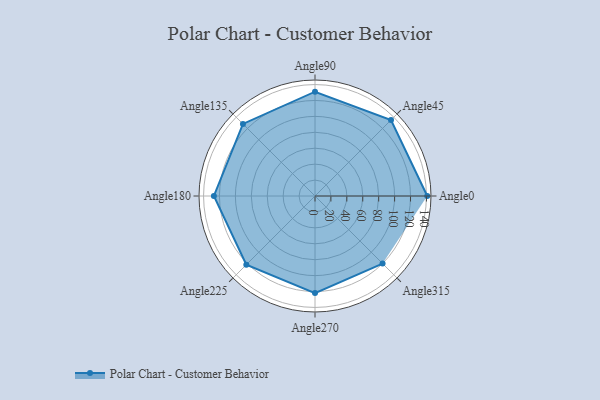
{"axis": {"x": "Angle", "y": "Radius"}, "legend": [""], "data": [{"x": "Angle0", "y": 141.0, "type": ""}, {"x": "Angle45", "y": 135.0, "type": ""}, {"x": "Angle90", "y": 131.0, "type": ""}, {"x": "Angle135", "y": 128.0, "type": ""}, {"x": "Angle180", "y": 127.0, "type": ""}, {"x": "Angle225", "y": 122.0, "type": ""}, {"x": "Angle270", "y": 122.0, "type": ""}, {"x": "Angle315", "y": 120.0, "type": ""}]}